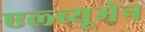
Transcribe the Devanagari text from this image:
एल्ब्यूमेन